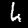
Digit: 4